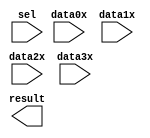
module scorecopymux (
	data0x,
	data1x,
	data2x,
	data3x,
	sel,
	result);

	input	[3:0]  data0x;
	input	[3:0]  data1x;
	input	[3:0]  data2x;
	input	[3:0]  data3x;
	input	[1:0]  sel;
	output	[3:0]  result;

endmodule